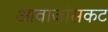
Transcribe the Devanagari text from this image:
आवाजांसकट